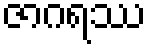
ဇာဂရဿ